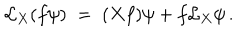
LaTeX: \mathcal { L } _ { X } ( f \psi ) \; = \; ( X f ) \psi + f \mathcal { L } _ { X } \psi \, .